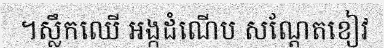
។ស្លឹកឈើ អង្កដំណើប សណ្តែតខៀវ